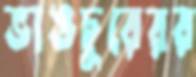
ভাঙচুরেরর